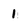
Character: 1